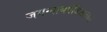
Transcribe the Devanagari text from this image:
जगन्‍नाथपंडिताच्या